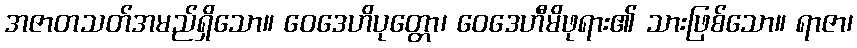
အဇာတသတ်အမည်ရှိသော။ ဝေဒေဟိပုတ္တော၊ ဝေဒေဟီမိဖုရား၏ သားဖြစ်သော။ ရာဇာ၊